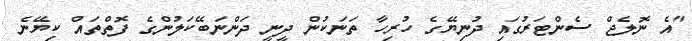
"އެ ނޮލެޖް ސެންޓަރުގައި ދުނިޔޭގެ ހުރިހާ ތަނަކުން ދީނީ ދަންނަބޭކަލުންގެ ފޮތްތައް ކިޔޭނެ